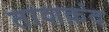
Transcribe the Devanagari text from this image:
ताशक़ंद